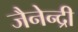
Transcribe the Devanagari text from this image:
जैनेन्द्री